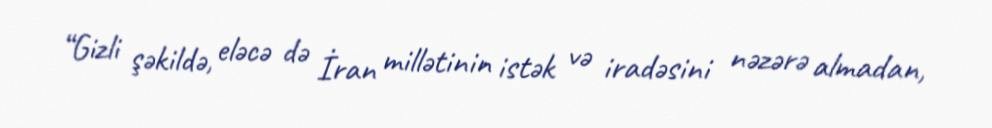
“Gizli şəkildə, eləcə də İran millətinin istək və iradəsini nəzərə almadan,